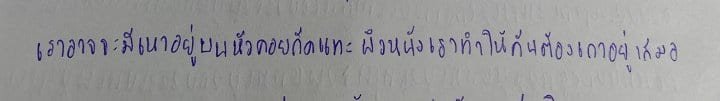
เราอาจจะมีเหาอยู่บนหัวคอยกัดแทะผิวหนังเราทำให้คันต้องเกาอยู่เสมอ